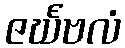
ဇင်္ဃဗလံ